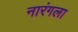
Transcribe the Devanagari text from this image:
नारंगला